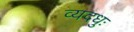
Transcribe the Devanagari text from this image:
व्यदधुः